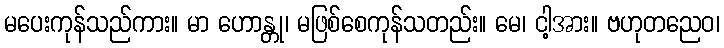
မပေးကုန်သည်ကား။ မာ ဟောန္တု၊ မဖြစ်စေကုန်သတည်း။ မေ၊ ငါ့အား။ ဗဟုတညေဝ၊